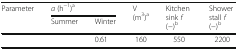
<table><thead><tr><td rowspan="2"><b>Parameter</b></td><td colspan="2"><b><i>a</i> (h<sup>−1</sup>)<sup>a</sup></b></td><td rowspan="2"><b>V (m<sup>3</sup>)<sup>a</sup></b></td><td rowspan="2"><b>Kitchen sink <i>f</i> (−)<sup>b</sup></b></td><td rowspan="2"><b>Shower stall <i>f</i> (−)<sup>b</sup></b></td></tr><tr><td><b>Summer</b></td><td><b>Winter</b></td></tr></thead><tbody><tr><td>[EMPTY_CELL]</td><td>[EMPTY_CELL]</td><td>0.61</td><td>160</td><td>550</td><td>2200</td></tr></tbody></table>